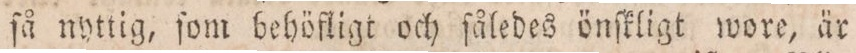
ſå nyttig, ſom behöfligt och ſåledes önſkligt wore, är